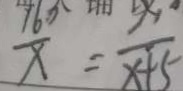
\frac { 1 6 0 } { x } = \frac { x } { x + 5 }